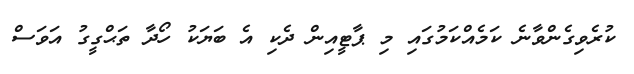
ކުރެވިގެންވާނެ ކަމެއްކަމުގައި މި ޕާޓީއިން ދެކި އެ ބަޔަކު ހޯދާ ތަޙްގީގު އަވަސް